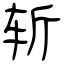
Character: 斩